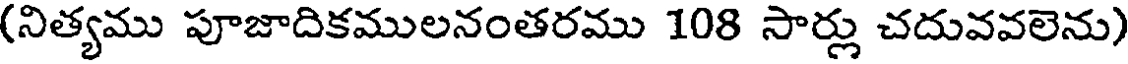
(నిత్యము పూజాదికములనంతరము 108 సార్లు చదువవలెను)